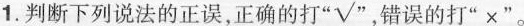
1.判断下列说法的正误，正确的打”√”，错误的打”×”。